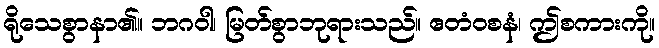
ရိုသေစွာနာ၏။ ဘဂဝါ၊ မြတ်စွာဘုရားသည်။ ဧတံဝစနံ၊ ဤစကားကို။